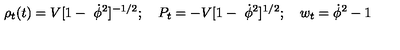
\rho _ { t } ( t ) = V [ 1 - \ \dot { \phi } ^ { 2 } ] ^ { - 1 / 2 } ; \quad P _ { t } = - V [ 1 - \ \dot { \phi } ^ { 2 } ] ^ { 1 / 2 } ; \quad w _ { t } = \dot { \phi } ^ { 2 } - 1